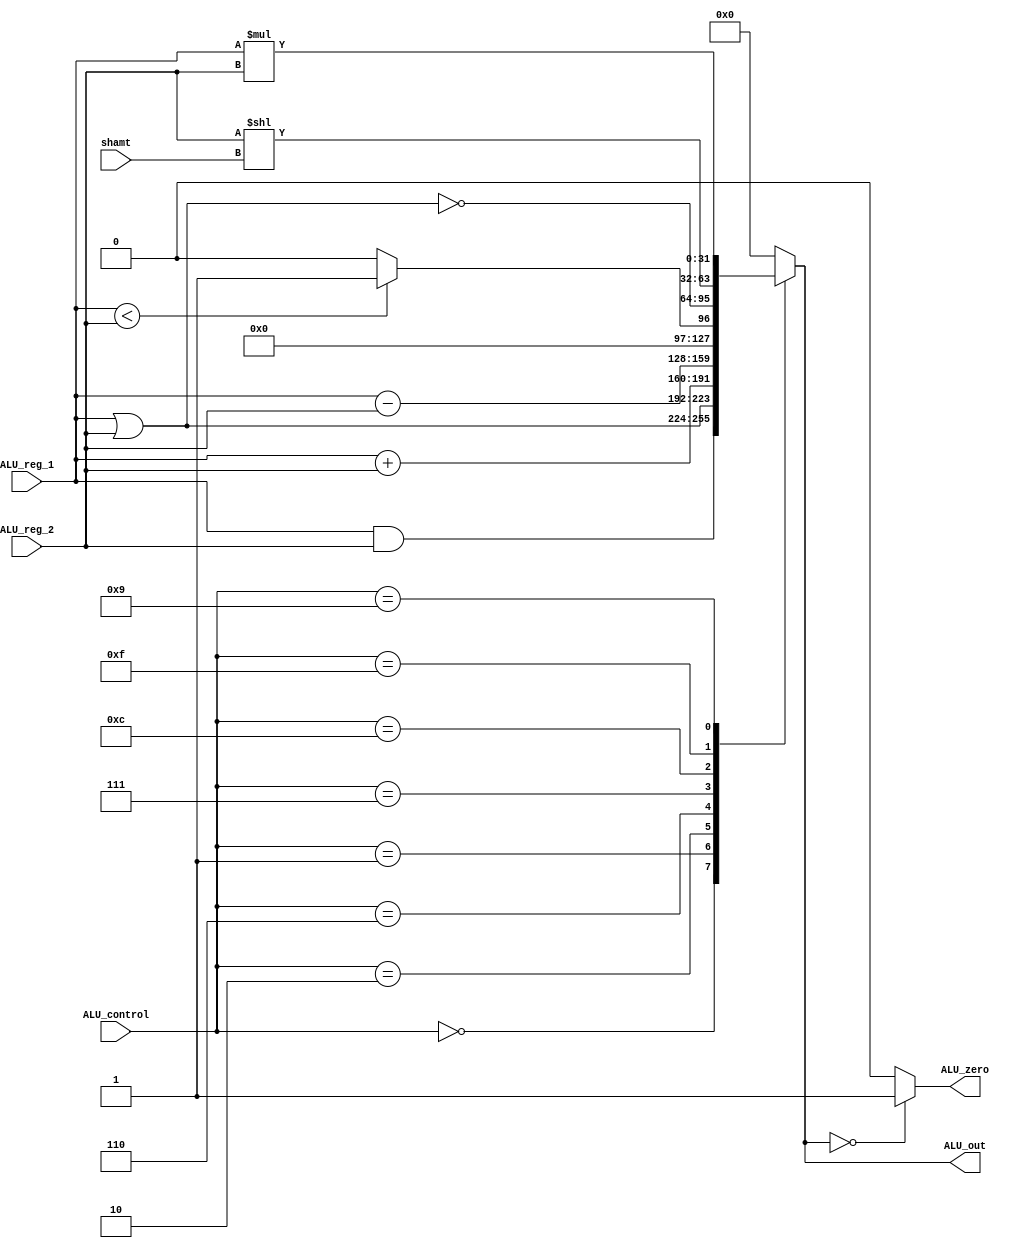
`timescale 1ps/1ps
module ALU(ALU_reg_1, ALU_reg_2, ALU_control, ALU_out , ALU_zero , shamt);

	input wire [31:0] ALU_reg_1;
	input wire [31:0] ALU_reg_2;
	input wire [3:0] ALU_control;
	input wire [4:0] shamt;

	output reg [31:0] ALU_out;
	output reg ALU_zero;


	always@(ALU_reg_1, ALU_reg_2, ALU_control) begin
		#200 //delay 200ps for ALU 
		case(ALU_control)
			4'b0000 : ALU_out <= ALU_reg_1 & ALU_reg_2;         //AND
			4'b0001 : ALU_out <= ALU_reg_1 | ALU_reg_2;         //OR
			4'b0010 : ALU_out <= ALU_reg_1 + ALU_reg_2;         //ADD
			4'b0110 : ALU_out <= ALU_reg_1 - ALU_reg_2;         //SUB
			4'b0111 : ALU_out <= ALU_reg_1 < ALU_reg_2 ? 1 : 0; //SLT
			4'b1100 : ALU_out <= ~(ALU_reg_1 | ALU_reg_2) ;     //NOR
			4'b1111 : ALU_out <=  ALU_reg_2 << shamt;
			4'b1001 : ALU_out <= ALU_reg_1 * ALU_reg_2;         //multiply
			default : ALU_out <= 0;
		endcase
	end

	always@(ALU_out)begin
		case(ALU_out)
			0 : ALU_zero <= 1;
			default : ALU_zero <= 0;
		endcase
	end

endmodule